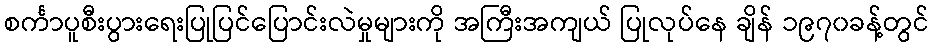
စင်္ကာပူစီးပွားရေးပြုပြင်ပြောင်းလဲမှုများကို အကြီးအကျယ် ပြုလုပ်နေ ချိန် ၁၉၇၀ခန့်တွင်